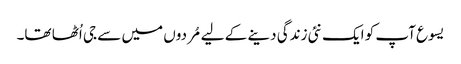
یسوع آپ کو ایک نئی زندگی دینے کے لیے مُردوں میں سے جی اُٹھا تھا۔